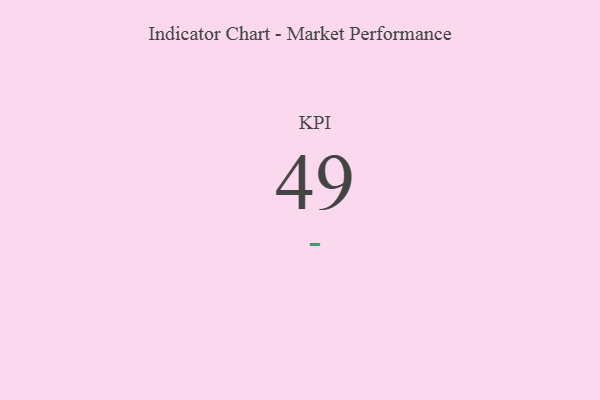
{"axis": {"x": "KPI", "y": "Value"}, "legend": [""], "data": [{"x": "KPI", "y": 49, "type": ""}]}